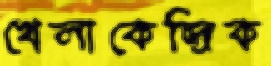
খেলাকেন্দ্রিক